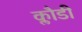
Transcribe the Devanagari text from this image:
क्लौडी